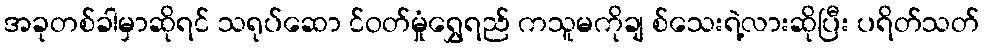
အခုတစ်ခါမှာဆိုရင် သရုပ်ဆော င်ဝတ်မှုံရွှေရည် ကသူမကိုချ စ်သေးရဲ့လားဆိုပြီး ပရိတ်သတ်